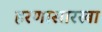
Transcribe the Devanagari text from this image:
हरणासारखा